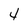
Character: 4